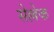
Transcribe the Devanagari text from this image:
सेल्लेक